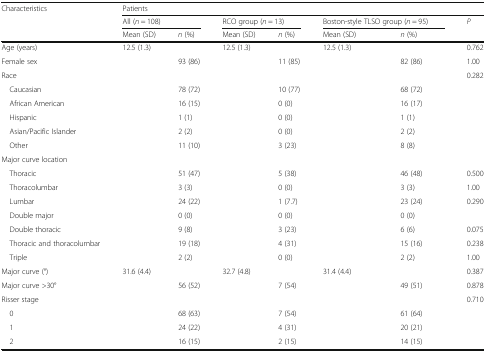
<table><thead><tr><td rowspan="3"><b>Characteristics</b></td><td colspan="7"><b>Patients</b></td></tr><tr><td colspan="2"><b>All (<i>n</i> = 108)</b></td><td colspan="2"><b>RCO group (<i>n</i> = 13)</b></td><td colspan="2"><b>Boston-style TLSO group (<i>n</i> = 95)</b></td><td><b><i>P</i></b></td></tr><tr><td><b>Mean (SD)</b></td><td><b><i>n</i> (%)</b></td><td><b>Mean (SD)</b></td><td><b><i>n</i> (%)</b></td><td><b>Mean (SD)</b></td><td><b><i>n</i> (%)</b></td><td></td></tr></thead><tbody><tr><td>Age (years)</td><td>12.5 (1.3)</td><td></td><td>12.5 (1.3)</td><td></td><td>12.5 (1.3)</td><td></td><td>0.762</td></tr><tr><td>Female sex</td><td></td><td>93 (86)</td><td></td><td>11 (85)</td><td></td><td>82 (86)</td><td>1.00</td></tr><tr><td>Race</td><td></td><td></td><td></td><td></td><td></td><td></td><td>0.282</td></tr><tr><td> Caucasian</td><td></td><td>78 (72)</td><td></td><td>10 (77)</td><td></td><td>68 (72)</td><td></td></tr><tr><td> African American</td><td></td><td>16 (15)</td><td></td><td>0 (0)</td><td></td><td>16 (17)</td><td></td></tr><tr><td> Hispanic</td><td></td><td>1 (1)</td><td></td><td>0 (0)</td><td></td><td>1 (1)</td><td></td></tr><tr><td> Asian/Pacific Islander</td><td></td><td>2 (2)</td><td></td><td>0 (0)</td><td></td><td>2 (2)</td><td></td></tr><tr><td> Other</td><td></td><td>11 (10)</td><td></td><td>3 (23)</td><td></td><td>8 (8)</td><td></td></tr><tr><td>Major curve location</td><td></td><td></td><td></td><td></td><td></td><td></td><td></td></tr><tr><td> Thoracic</td><td></td><td>51 (47)</td><td></td><td>5 (38)</td><td></td><td>46 (48)</td><td>0.500</td></tr><tr><td> Thoracolumbar</td><td></td><td>3 (3)</td><td></td><td>0 (0)</td><td></td><td>3 (3)</td><td>1.00</td></tr><tr><td> Lumbar</td><td></td><td>24 (22)</td><td></td><td>1 (7.7)</td><td></td><td>23 (24)</td><td>0.290</td></tr><tr><td> Double major</td><td></td><td>0 (0)</td><td></td><td>0 (0)</td><td></td><td>0 (0)</td><td></td></tr><tr><td> Double thoracic</td><td></td><td>9 (8)</td><td></td><td>3 (23)</td><td></td><td>6 (6)</td><td>0.075</td></tr><tr><td> Thoracic and thoracolumbar</td><td></td><td>19 (18)</td><td></td><td>4 (31)</td><td></td><td>15 (16)</td><td>0.238</td></tr><tr><td> Triple</td><td></td><td>2 (2)</td><td></td><td>0 (0)</td><td></td><td>2 (2)</td><td>1.00</td></tr><tr><td>Major curve (°)</td><td>31.6 (4.4)</td><td></td><td>32.7 (4.8)</td><td></td><td>31.4 (4.4)</td><td></td><td>0.387</td></tr><tr><td>Major curve &gt;30°</td><td></td><td>56 (52)</td><td></td><td>7 (54)</td><td></td><td>49 (51)</td><td>0.878</td></tr><tr><td>Risser stage</td><td></td><td></td><td></td><td></td><td></td><td></td><td>0.710</td></tr><tr><td> 0</td><td></td><td>68 (63)</td><td></td><td>7 (54)</td><td></td><td>61 (64)</td><td></td></tr><tr><td> 1</td><td></td><td>24 (22)</td><td></td><td>4 (31)</td><td></td><td>20 (21)</td><td></td></tr><tr><td> 2</td><td></td><td>16 (15)</td><td></td><td>2 (15)</td><td></td><td>14 (15)</td><td></td></tr></tbody></table>